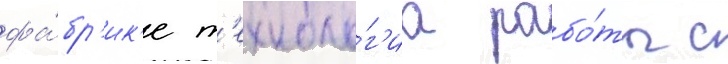
фа́бр'ик'е т'ехноло́г'иа рабо́ты с